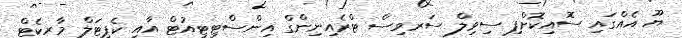
ޔޫ އެއްގައި ސޮއިކޮށްފި ސިވިލް ސަރވިސް ޓްރެއިނިންގް އިންސްޓިޓިއުޓް އާއި ކެޕިޓަލް މާރކެޓް